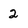
Character: 2